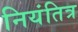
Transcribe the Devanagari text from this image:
नियंतित्र